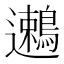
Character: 𬩯